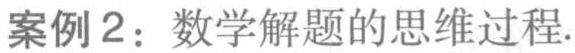
案例2：数学解题的思维过程.